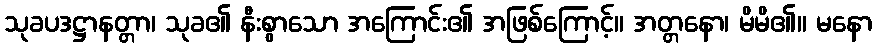
သုခပဒဋ္ဌာနတ္တာ၊ သုခ၏ နီးစွာသော အကြောင်း၏ အဖြစ်ကြောင့်။ အတ္တနော၊ မိမိ၏။ မနော